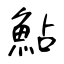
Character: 鮎